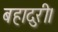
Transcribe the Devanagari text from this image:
बहादुरी।